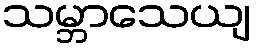
သမ္ဘာသေယျ